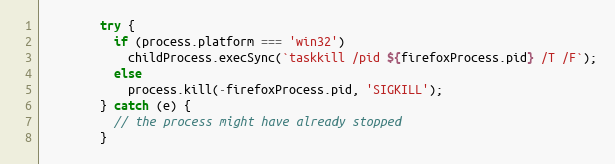
Language: JavaScript
        try {
          if (process.platform === 'win32')
            childProcess.execSync(`taskkill /pid ${firefoxProcess.pid} /T /F`);
          else
            process.kill(-firefoxProcess.pid, 'SIGKILL');
        } catch (e) {
          // the process might have already stopped
        }